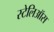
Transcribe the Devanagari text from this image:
स्टेलिऑस